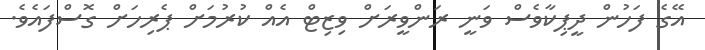
އޭގެ ފަހުން ދީޕިކާވެސް ވަނީ ރަންވީރަށް ވިޒިޓް އެއް ކުރުމަށް ޕެރިހަށް ގޮސްފައެވެ.